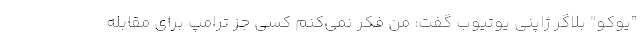
"یوکو" بلاگر ژاپنی یوتیوب گفت: من فکر نمی‌کنم کسی جز ترامپ برای مقابله